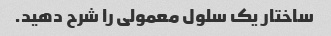
ساختار یک سلول معمولی را شرح دهید.